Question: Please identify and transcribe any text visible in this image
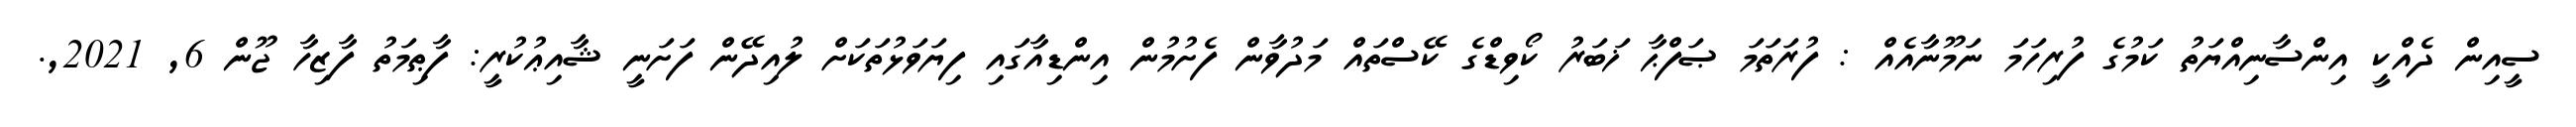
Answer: ސީއިން ދެއްކީ އިންސާނިއްޔަތު ކަމުގެ ފުރިހަމަ ނަމޫނާއެއް : ފުރަތަމަ ޞަފްޙާ ޚަބަރު ކޯވިޑްގެ ކޭސްތައް މަދުވާން ފެށުމުން އިންޑިއާގައި ފިޔަވަޅުތަކަށް ލުއިދޭން ފަށަނީ ޝާއިޢުކުރީ: ފާޠިމަތު ފާޒިހާ ޖޫން 6, 2021,.